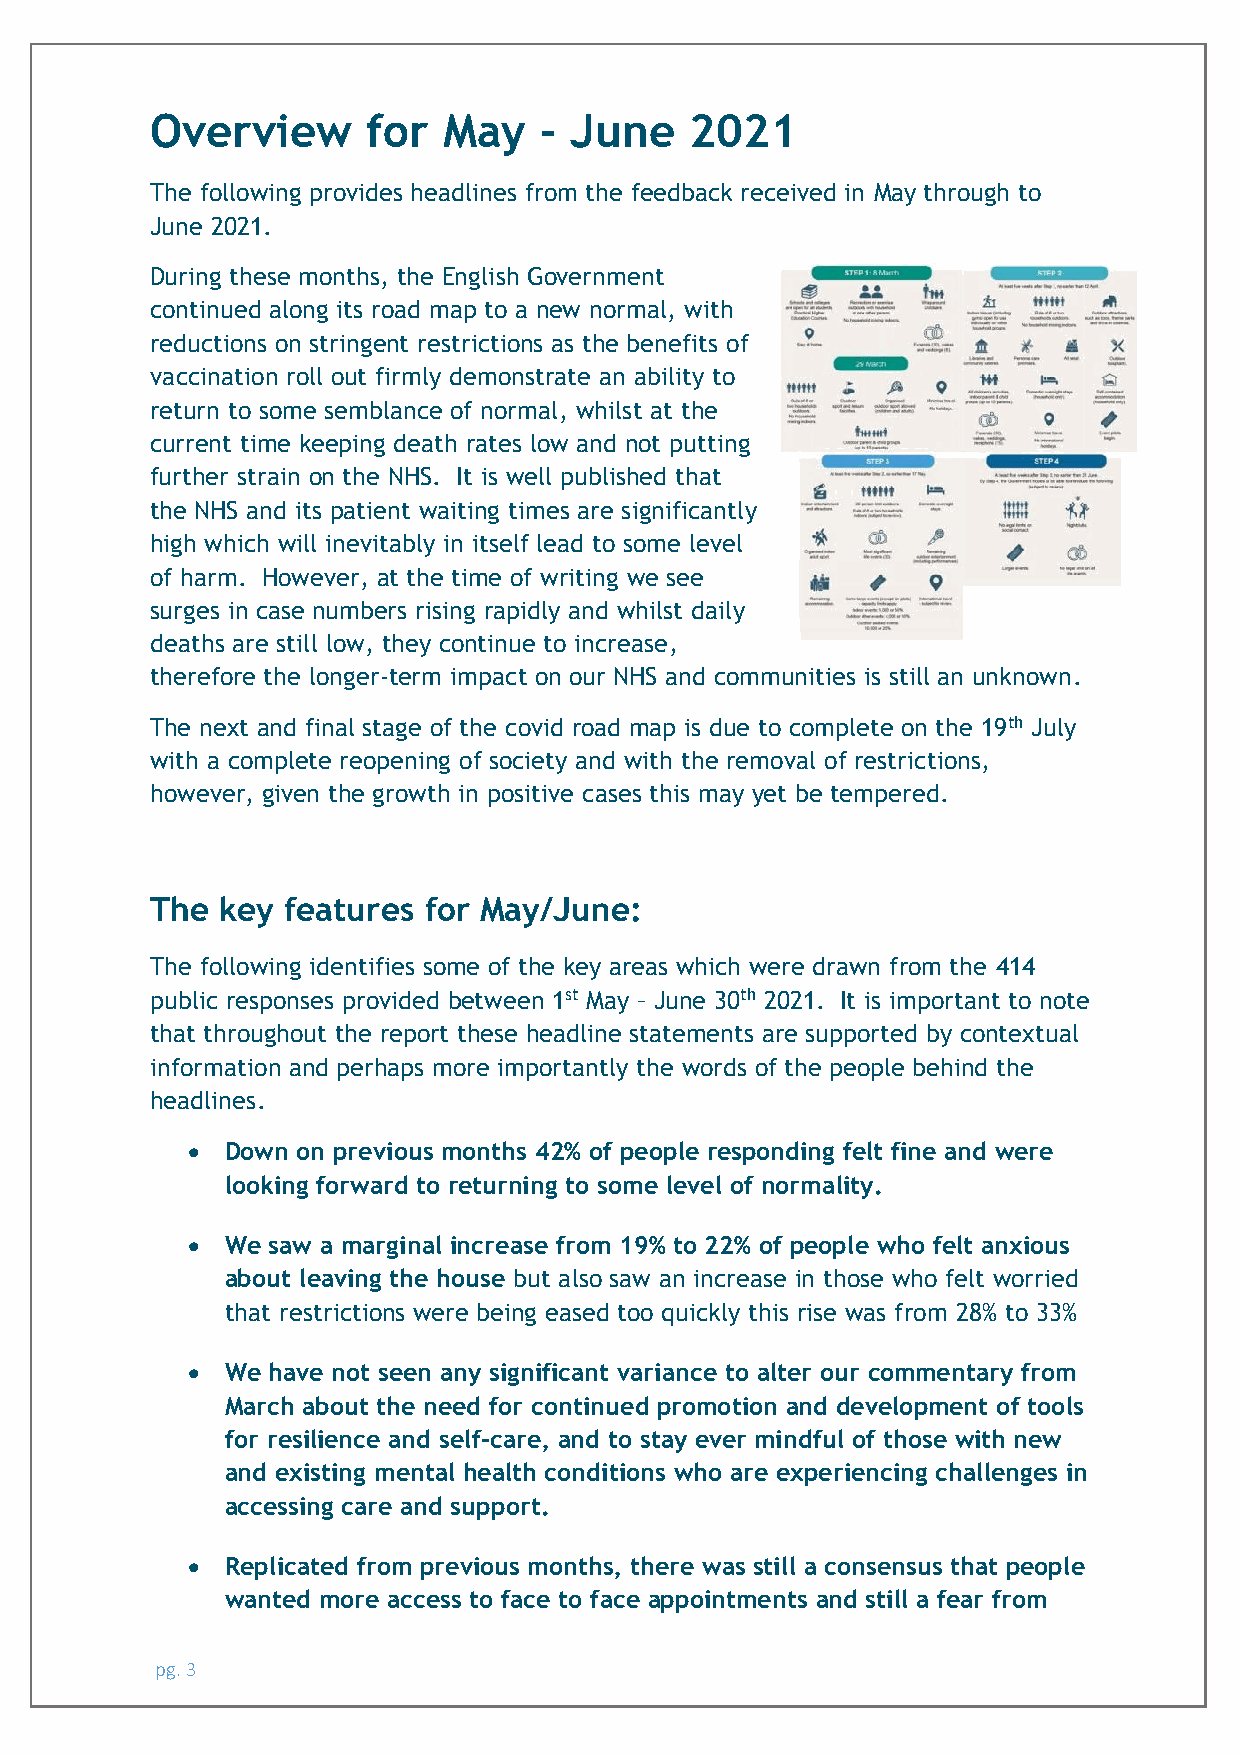
Overview      for  May    - June    2021
 The following provides headlines from the feedback received in May through to
 June 2021.
 During these months, the English Government
 continued along its road map to a new normal, with
 reductions on stringent restrictions as the benefits of
 vaccination roll out firmly demonstrate an ability to
 return to some semblance of normal, whilst at the
 current time keeping death rates low and not putting
 further strain on the NHS. It is well published that
 the NHS and its patient waiting times are significantly
 high which will inevitably in itself lead to some level
 of harm. However, at the time of writing we see
 surges in case numbers rising rapidly and whilst daily
 deaths are still low, they continue to increase,
 therefore the longer-term impact on our NHS and communities is still an unknown.
 The next and final stage of the covid road map is due to complete on the 19th July
 with a complete reopening of society and with the removal of restrictions,
 however, given the growth in positive cases this may yet be tempered.
 The  key features for May/June:
 The following identifies some of the key areas which were drawn from the 414
 public responses provided between 1st May – June 30th 2021. It is important to note
 that throughout the report these headline statements are supported by contextual
 information and perhaps more importantly the words of the people behind the
 headlines.
 •  Down on previous months 42% of people responding felt fine and were
 looking forward to returning to some level of normality.
 •  We saw a marginal increase from 19% to 22% of people who felt anxious
 about leaving the house but also saw an increase in those who felt worried
 that restrictions were being eased too quickly this rise was from 28% to 33%
 •  We have not seen any significant variance to alter our commentary from
 March about the need for continued promotion and development of tools
 for resilience and self-care, and to stay ever mindful of those with new
 and existing mental health conditions who are experiencing challenges in
 accessing care and support.
 •  Replicated from previous months, there was still a consensus that people
 wanted more access to face to face appointments and still a fear from
 pg. 3